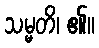
သမ္မတိ၊ ၏။